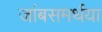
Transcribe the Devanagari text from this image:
जांबसमर्थया